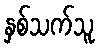
နှစ်သက်သူ